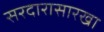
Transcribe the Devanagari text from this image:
सरदारासारखा